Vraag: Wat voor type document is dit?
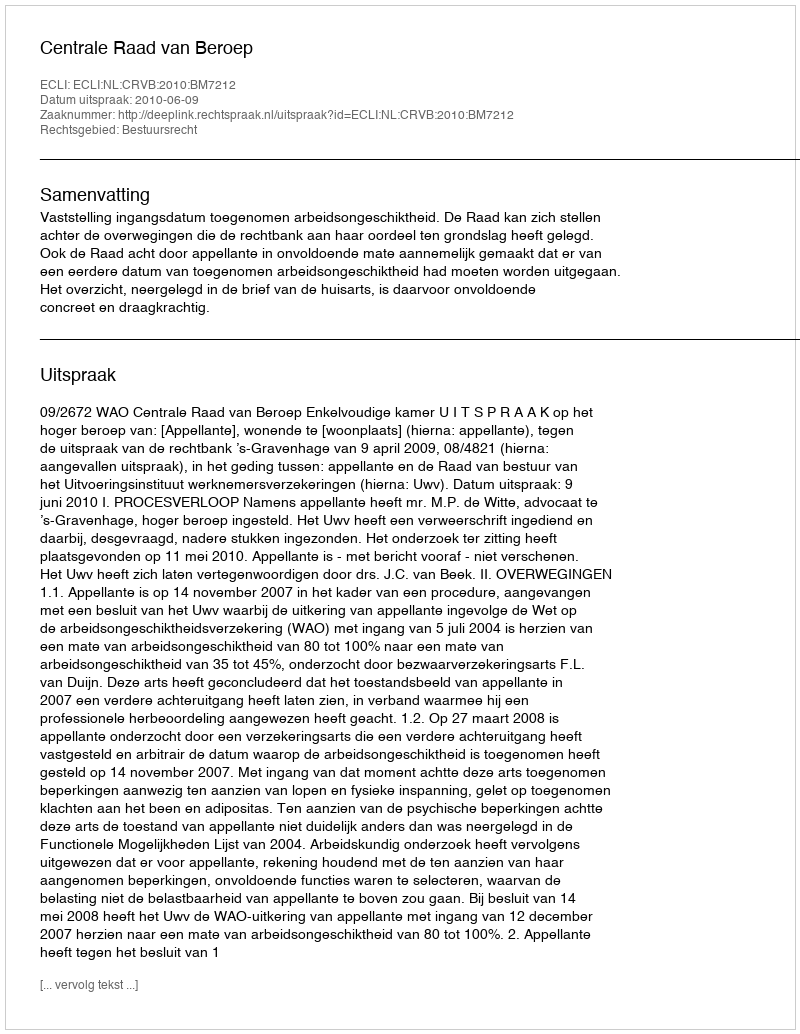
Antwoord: Uitspraak